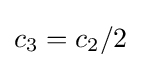
c_{3}=c_{2}/2